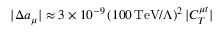
| \Delta a _ { \mu } | \approx 3 \times 1 0 ^ { - 9 } \left( 1 0 0 \, \mathrm { T e V } / \Lambda \right) ^ { 2 } | C _ { T } ^ { \mu t } |